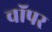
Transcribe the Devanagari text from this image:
चॉपर